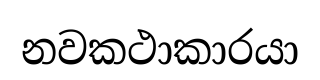
නවකථාකාරයා